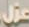
عزل